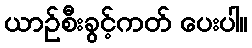
ယာဉ်စီးခွင့်ကတ် ပေးပါ။